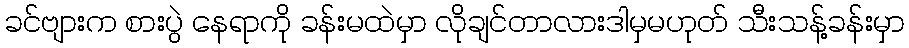
ခင်ဗျားက စားပွဲ နေရာကို ခန်းမထဲမှာ လိုချင်တာလားဒါမှမဟုတ် သီးသန့်ခန်းမှာ